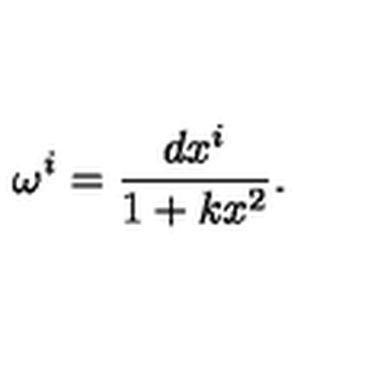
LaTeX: \omega ^ { i } = \frac { d x ^ { i } } { 1 + k x ^ { 2 } } .